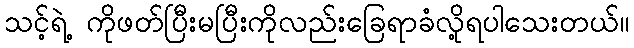
သင့်ရဲ့ ကိုဖတ်ပြီးမပြီးကိုလည်းခြေရာခံလို့ရပါသေးတယ်။